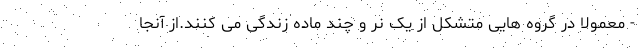
- معمولا در گروه هایی متشکل از یک نر و چند ماده زندگی می کنند.از آنجا